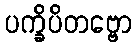
ပက္ခိပိတဗ္ဗော